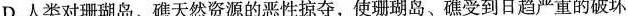
D.人类对珊瑚岛、礁天然资源的恶性掠夺，使珊瑚岛、礁受到日趋严重的破坏